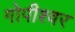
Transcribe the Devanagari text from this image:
गोपीश्वर